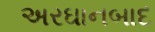
અરઘાનબાદ